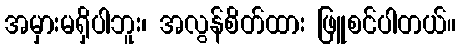
အမှားမရှိပါဘူး၊ အလွန်စိတ်ထား ဖြူစင်ပါတယ်။